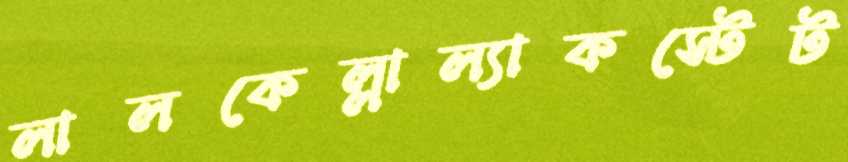
লালকেল্লাল্যাকস্টেট